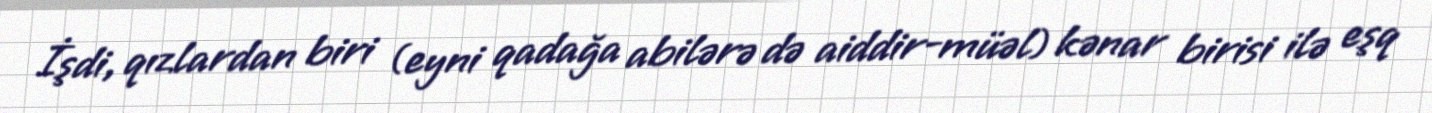
İşdi, qızlardan biri (eyni qadağa abilərə də aiddir-müəl) kənar birisi ilə eşq